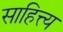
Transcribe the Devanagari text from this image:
साहित्त्य